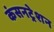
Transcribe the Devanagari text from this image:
कंसनट्रेशन